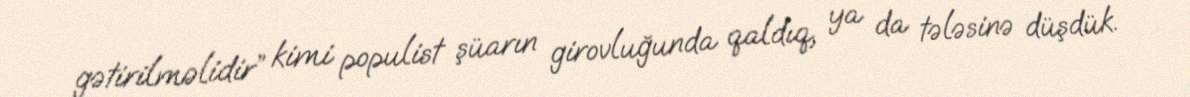
gətirilməlidir” kimi populist şüarın girovluğunda qaldıq, ya da tələsinə düşdük.